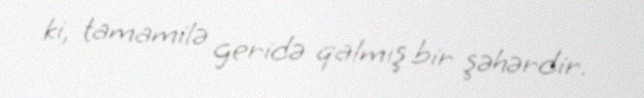
ki, tamamilə geridə qalmış bir şəhərdir.